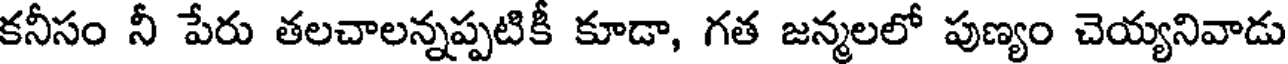
కనీసం నీ పేరు తలచాలన్నప్పటికీ కూడా, గత జన్మలలో పుణ్యం చెయ్యనివాడు